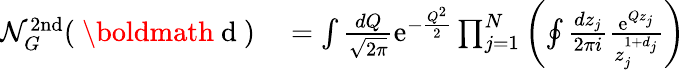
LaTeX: \begin{array}{rl}{\mathcal{N}_{G}^{\mathrm{2nd}}(\mathrm{~\boldmath~d~})}&{{}=\int\frac{dQ}{\sqrt{2\pi}}\mathrm{e}^{-\frac{Q^{2}}{2}}\prod_{j=1}^{N}\left(\oint\frac{dz_{j}}{2\pi i}\frac{\mathrm{e}^{Qz_{j}}}{z_{j}^{1+d_{j}}}\right)}\end{array}